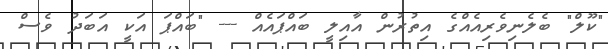
"ކޫލް" ބެލެނިވެރިއެއްގެ އިތުރުން އާއިލީ ބައްޕައެއް --- "ބައްޕަ އަކީ އަބަދު ވެސް